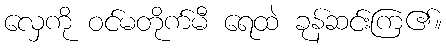
လှေကို ဝင်မတိုက်မီ ရေထဲ ခုန်ဆင်းကြ၏။